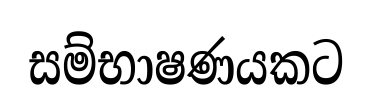
සම්භාෂණයකට